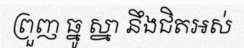
ព្រួញ ធ្នូ ស្នា នឹងជិតអស់